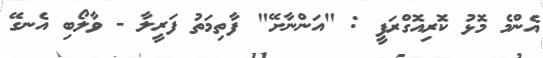
އެންމެ މޮޅު ކޮރިއޮގްރަފީ : "އަންނާށޭ" ފާތިމަތު ފަރީލާ - ވާލޯބި އެނގޭ